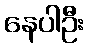
နေပါဦး